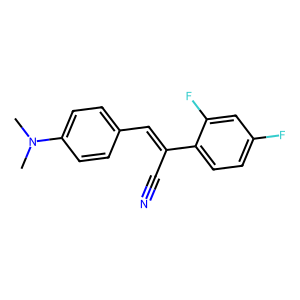
SMILES: CN(C)c1ccc(C=C(C#N)c2ccc(F)cc2F)cc1
Inhibits HIV replication: No